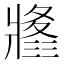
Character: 𤖚